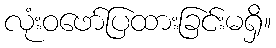
လုံးဝဖော်ပြထားခြင်းမရှိ။